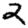
Digit: 2